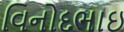
વિનોદભાઇ